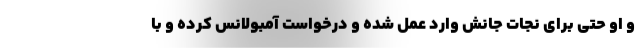
و او حتی برای نجات جانش وارد عمل شده و درخواست آمبولانس کرده و با